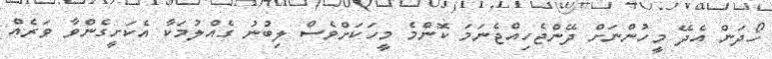
ހޯދަން އެދޭ މީހުންނަށް ދޭންޖެހިއްޖެނަމަ ކޮންމެ މީހަކަށްވެސް ލިބުނު ގެއްލުމަކާ އެކަށީގެންވާ ވަރެއް